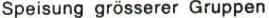
Speisung grösserer Gruppen